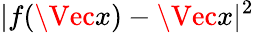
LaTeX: |f(\Vec{x})-\Vec{x}|^{2}